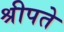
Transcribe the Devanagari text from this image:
श्रीपते